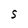
Character: S